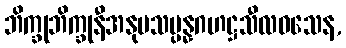
ဘိက္ခုဘိက္ခုနီအနုပသမ္ပန္နဂဟဋ္ဌသီလဝသေန,